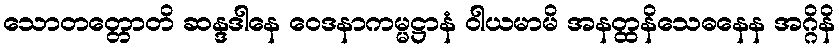
သောတတ္တောတိ ဆန္ဒဒါနေ ဝေဒနာကမ္မဋ္ဌာနံ ဝါယမာမိ အနတ္ထနိသေဓနေန အဂ္ဂိနိ